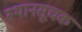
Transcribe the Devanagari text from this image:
स्थानसूचक